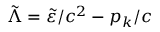
\tilde { \Lambda } = \tilde { \varepsilon } / c ^ { 2 } - p _ { k } / c